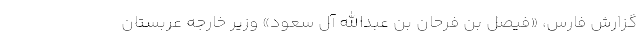
گزارش فارس، «فیصل بن فرحان بن عبدالله آل سعود» وزیر خارجه عربستان